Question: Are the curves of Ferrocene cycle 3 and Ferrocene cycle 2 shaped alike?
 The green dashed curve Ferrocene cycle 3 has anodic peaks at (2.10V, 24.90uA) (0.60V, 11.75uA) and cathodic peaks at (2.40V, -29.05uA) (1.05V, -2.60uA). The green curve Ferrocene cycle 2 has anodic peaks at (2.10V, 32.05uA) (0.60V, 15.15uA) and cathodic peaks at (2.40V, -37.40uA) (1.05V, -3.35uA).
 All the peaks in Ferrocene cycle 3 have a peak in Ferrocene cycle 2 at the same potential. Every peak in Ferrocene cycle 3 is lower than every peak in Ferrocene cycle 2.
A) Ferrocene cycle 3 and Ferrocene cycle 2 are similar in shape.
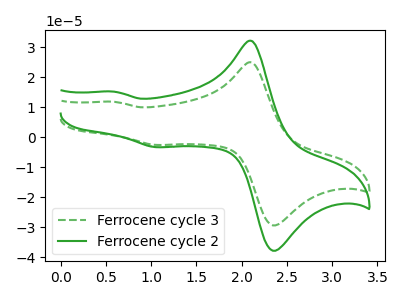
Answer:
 <answer>A) "Ferrocene cycle 3" and "Ferrocene cycle 2" are similar in shape.</answer>
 <eval>A</eval>